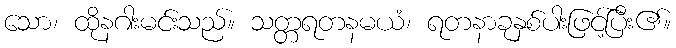
သော၊ ထိုနဂါးမင်းသည်။ သတ္တရတနမယံ၊ ရတနာခုနှစ်ပါးဖြင့်ပြီး၏။